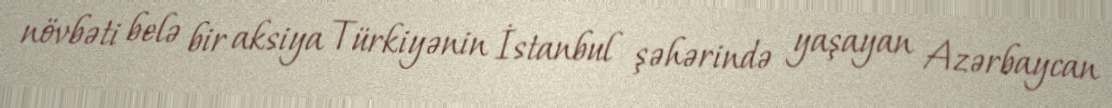
növbəti belə bir aksiya Türkiyənin İstanbul şəhərində yaşayan Azərbaycan